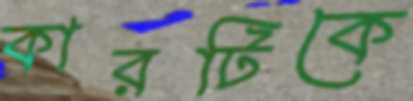
কারটিকে